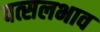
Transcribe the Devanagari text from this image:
वत्सलभाव